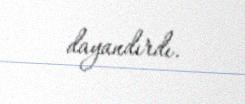
dayandırdı.